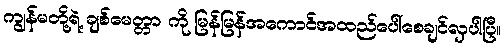
ကျွန်မတို့ရဲ့ ချစ်မေတ္တာ ကို မြန်မြန်အကောင်အထည်ပေါ်စေချင်လှပါပြီ။